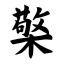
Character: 檠